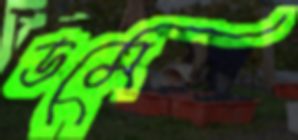
ডমে